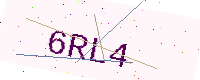
Text: 6RL4